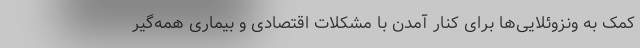
کمک به ونزوئلایی‌ها برای کنار آمدن با مشکلات اقتصادی و بیماری همه‌گیر